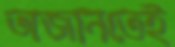
অজানতেই